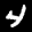
Label: 4